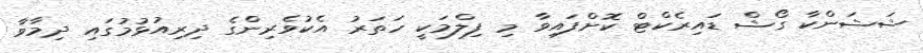
ޝަޝަންކާ ގޯޝް ޑައިރެކްޓް ކޮށްފައިވާ މި ފިލްމަކީ ހަތަރު އެކުވެރިންގެ ދިރިއުޅުމުގައި ދިމާވާ